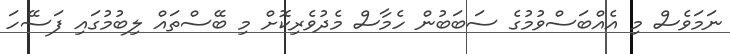
ނަމަވެސް މި އެއްބަސްވުމުގެ ސަބަބުން ހެމާސް މެދުވެރިކޮށް މި ބޭސްތައް ލިބުމުގައި ފަސޭހަ